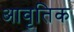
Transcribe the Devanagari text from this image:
आवृतिक